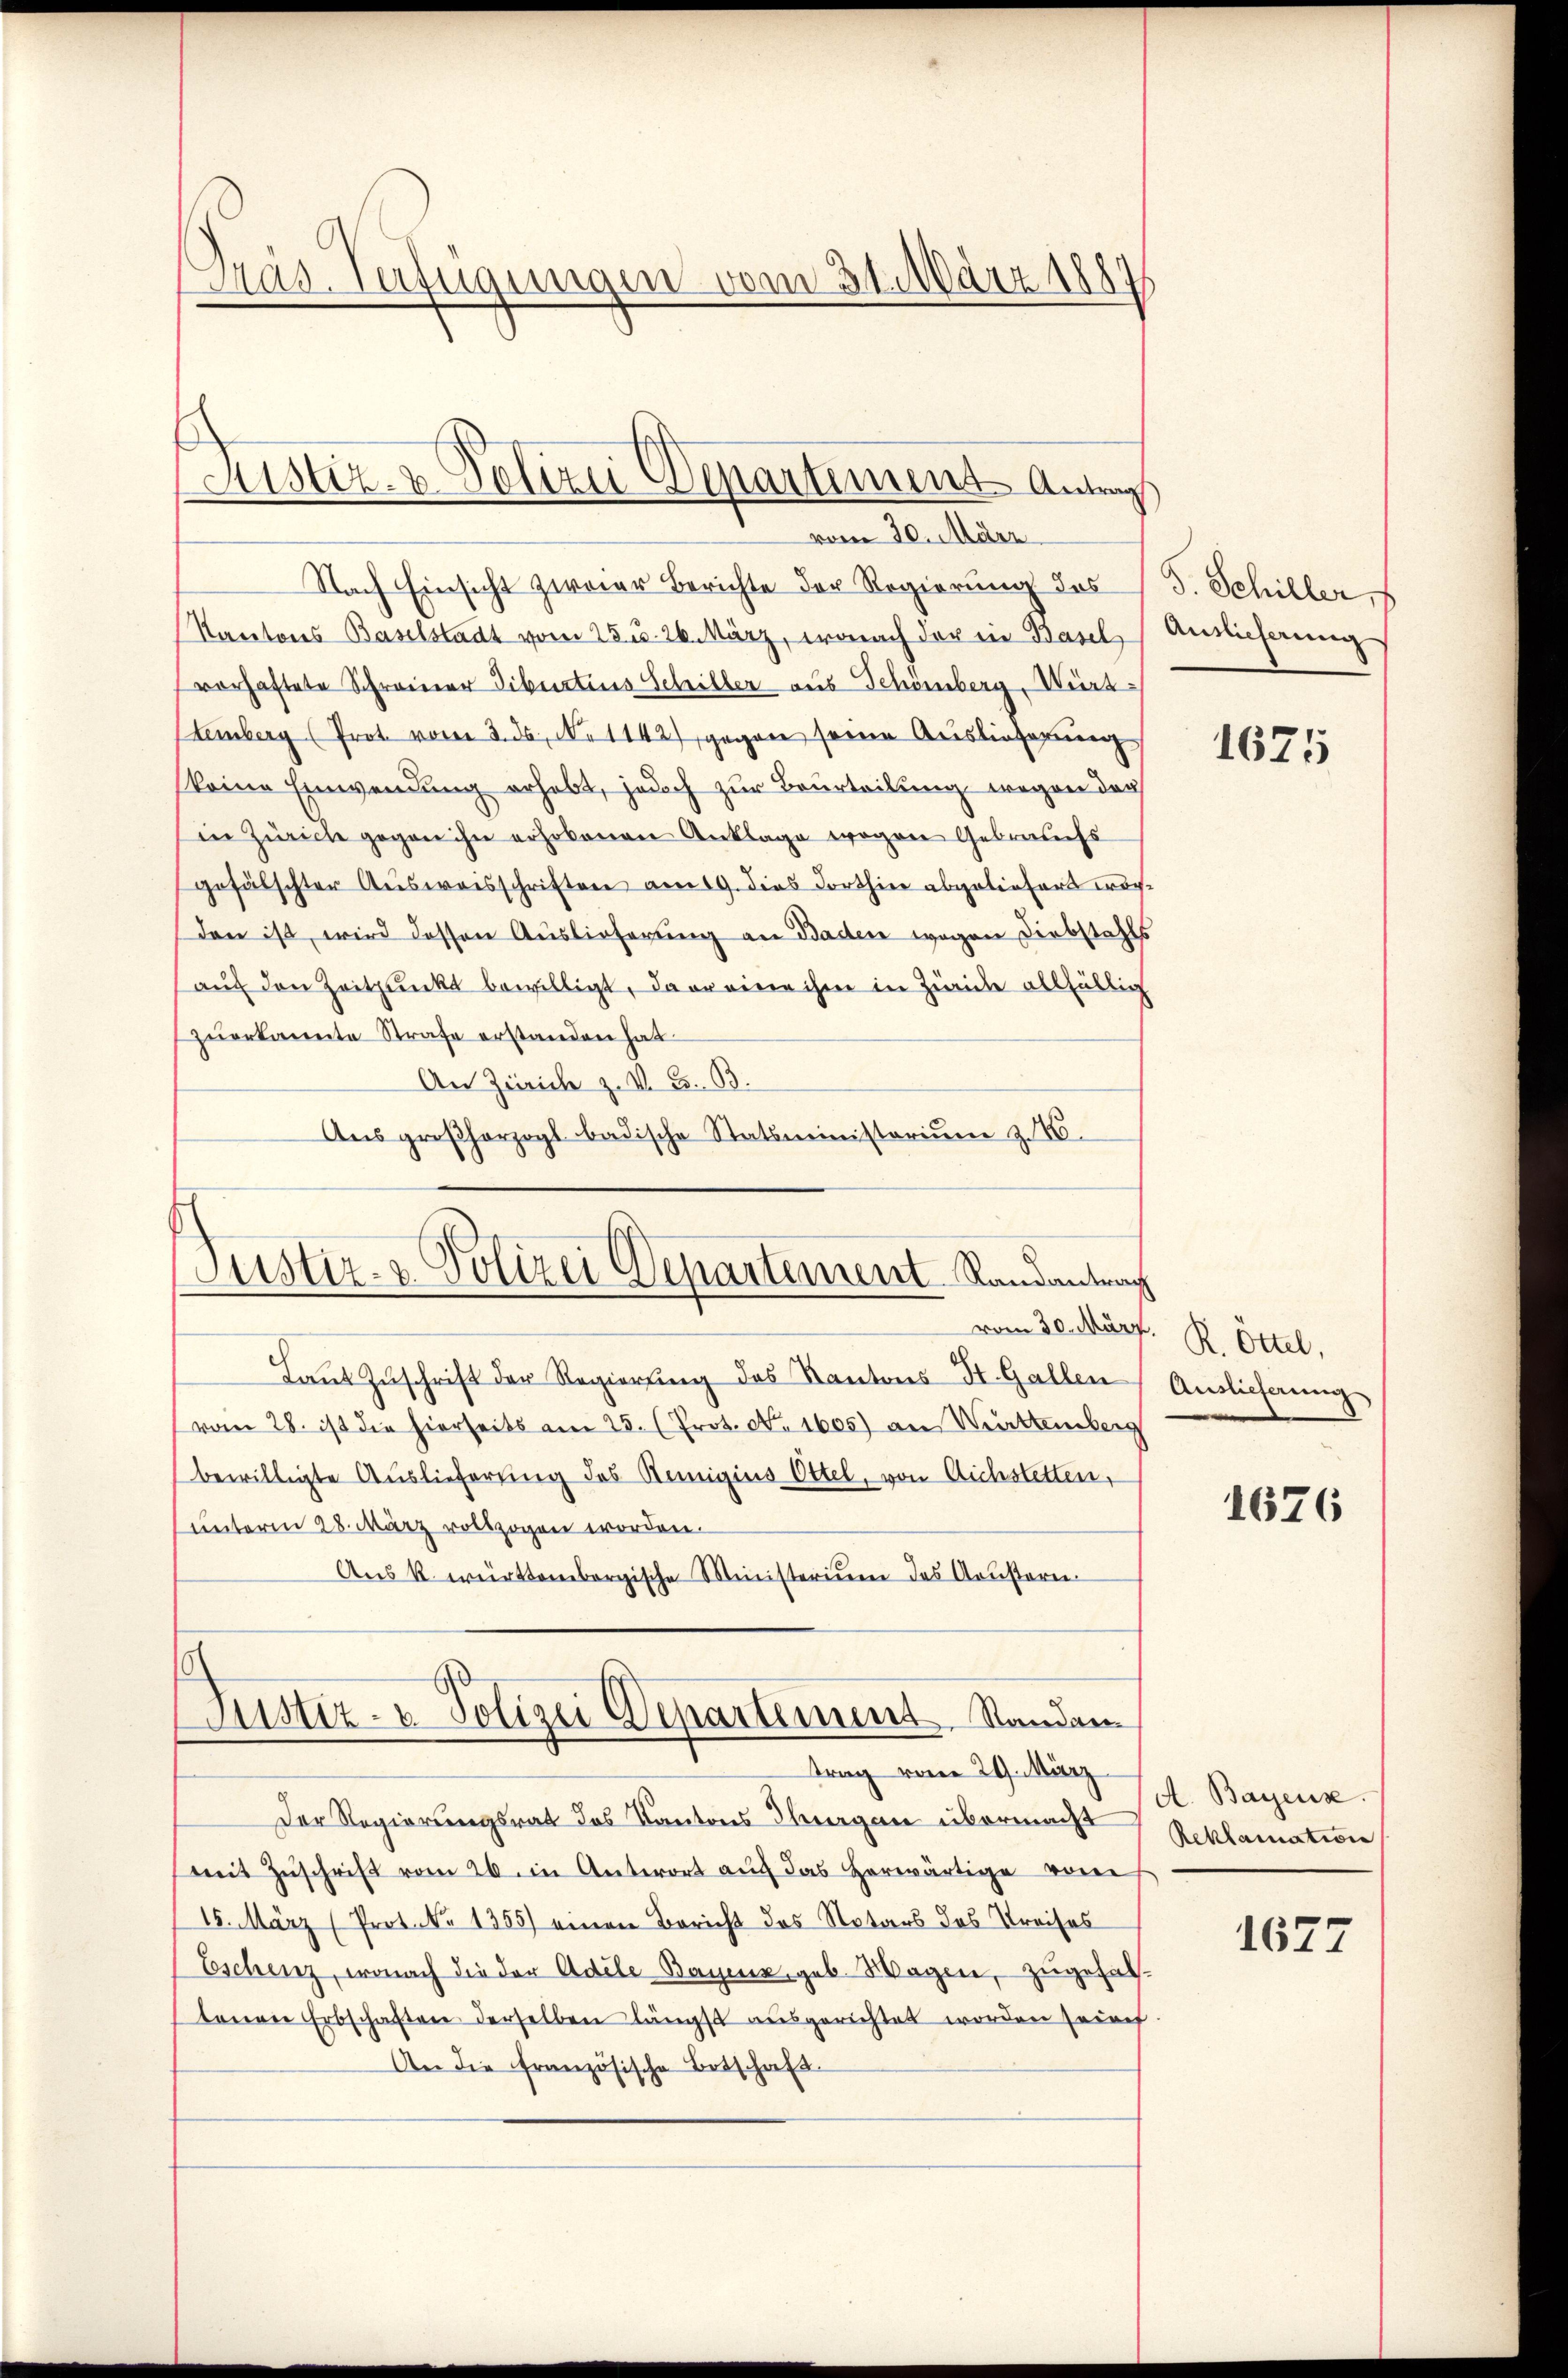
Gräs-Verfügungen vom 31. März 1889

Nach Einsicht zweier Berichte der Regierung des (s. Schiller
Kantons Baselstadt vom 25. u. 26. März, wonach der in Basel, Auslieferung
vorhaftete Schreiner Tibertius Schiller aus Schönberg, Würt
Lemberg (Prot. vom 3. ds., N. 1142) gegen seine Auslieferung
(keine Einwendung erhebt, jedoch zur Beurteilung wegen der
Ein Zürich gegen ihn erhobenen Anklage wegen Gebrauchs
gefälschter Aŭsweisschriften am 19. dies dorthier abgeliefert worden ist, wird dessen Auslieferung an Baden wegen Diebstahls
aŭf den Zeitpunkt bewilligt, dar eine ihm in Zürich allfällig
zŭerkannte Strafe erstanden hat.
An Zürich z. V. G. B.
Aus großherzogl badische Statsministorium z. B.

Justiz- & Polizei Departiment Antrag
vom 30. März

Justiz- & Polizei Departement Randantrag

Justiz- u. Polizei Departement. Standan

Laut Zuschrift der Regierung des Kantons St. Gallen
vom 28. ist die hierseits am 25. (Prot. No. 1605) an Werttemberg
bewilligte Auslieferung des Remigius Ottel, von Aichstetten,
unterm 28. März vollzogen worden.
Aŭs k. württembergische Ministerium des Aŭstere
trag vom 29. März
Der Regierungsrat des Kantons Thorgen übermacht
mit Zŭschrift vom 26. in Antwort auf das herwärtige vom
15. März (Prot. No 1355) einen Bericht das Notars das Preises
Eschenz, wonach die der Adele Bayer, geb. Wagen, zugehal
tonen Erbschaften derselben längst ausgerichtet worden seine
An die französische Botschaft.

1675

vom 30. März. R. Öttel,
Auslieferung

1676

A. Bayers.
Reklamation

1627